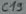
Text: C13